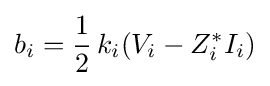
b_{i}={\frac {1}{2}}\,k_{i}(V_{i}-Z_{i}^{*}I_{i})